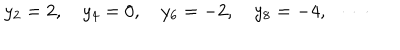
y _ { 2 } = 2 , \quad y _ { 4 } = 0 , \quad y _ { 6 } = - 2 , \quad y _ { 8 } = - 4 , \quad \cdots